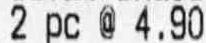
2 PC @ 4.90